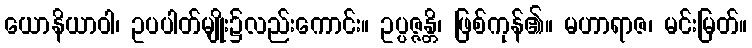
ယောနိယာဝါ၊ ဥပပါတ်မျိုး၌လည်းကောင်း။ ဥပ္ပဇ္ဇန္တိ၊ ဖြစ်ကုန်၏။ မဟာရာဇ၊ မင်းမြတ်။